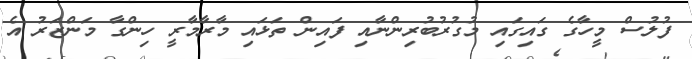
ފުލުސް މީހާގެ ގައިގައި މުގުރުބުރިންނާއި ފައިން ތަޅައި މާރާމާރީ ހިންގާ މަންޒަރު އެ